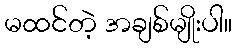
မထင်တဲ့ အချစ်မျိုးပါ။